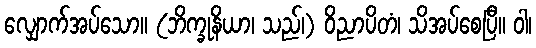
လျှောက်အပ်သော။ (ဘိက္ခုနိယာ၊ သည်၊) ဝိညာပိတံ၊ သိအပ်စေပြီ။ ဝါ၊